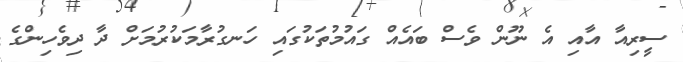
ސީރިއާ އާއި އެ ނޫން ވެސް ބައެއް ގައުމުތަކުގައި ހަނގުރާމަކުރުމަށް ދާ ދިވެހިންގެ